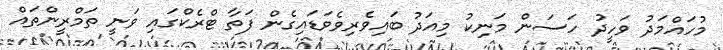
މުހައްމަދު ވަހީދު ހަސަން މަނިކު މިއަދު ބައިވެރިވެވަޑައިގެން ފަތާ ޓްރެކްގައި ވަނީ ތަމްރީންތައް